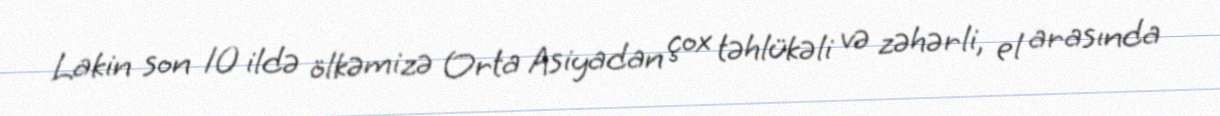
Lakin son 10 ildə ölkəmizə Orta Asiyadan çox təhlükəli və zəhərli, el arasında